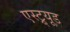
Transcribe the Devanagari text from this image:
एस्ट्र्यूड